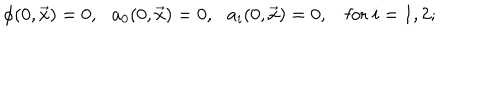
\phi ( 0 , \vec { x } ) = 0 , \: \: \: a _ { 0 } ( 0 , \vec { x } ) = 0 , \: \: \: a _ { i } ( 0 , \vec { x } ) = 0 , \: \: \: \mathrm { ~ f o r ~ } i = 1 , 2 ;